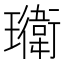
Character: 𭺎